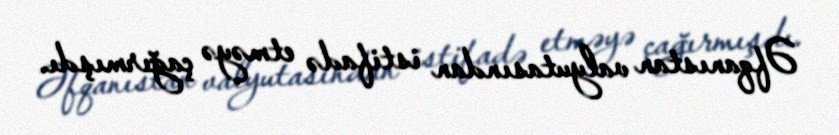
Əfqanıstan valyutasından istifadə etməyə çağırmışdı.